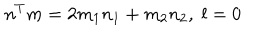
n ^ { T } m = 2 m _ { 1 } n _ { 1 } + m _ { 2 } n _ { 2 } , \; l = 0